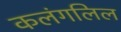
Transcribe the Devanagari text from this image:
कलंगलिल